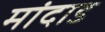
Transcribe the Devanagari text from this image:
मांदाड